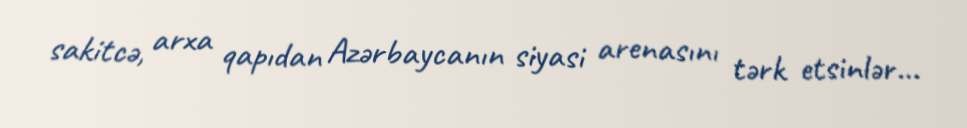
sakitcə, arxa qapıdan Azərbaycanın siyasi arenasını tərk etsinlər...